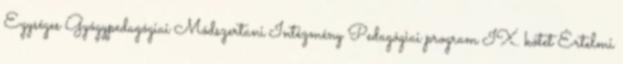
Egységes Gyógypedagógiai Módszertani Intézmény Pedagógiai program IX. kötet Értelmi